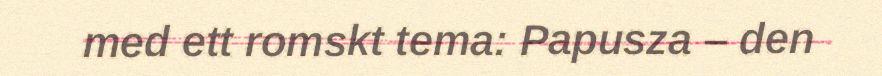
med ett romskt tema: Papusza – den